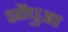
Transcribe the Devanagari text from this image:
झोंघुआ